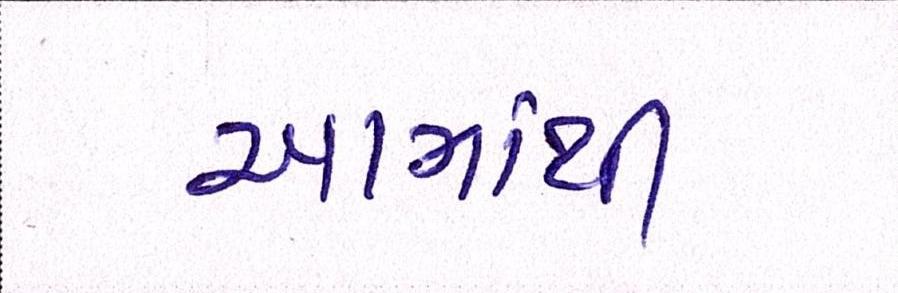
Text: આમાંથી